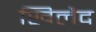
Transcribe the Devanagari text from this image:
खिलैद